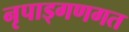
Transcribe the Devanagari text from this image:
नृपाड्गणगत